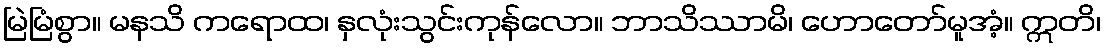
မြဲမြံစွာ။ မနသိ ကရောထ၊ နှလုံးသွင်းကုန်လော။ ဘာသိဿာမိ၊ ဟောတော်မူအံ့။ ဣတိ၊